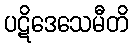
ပဋိဒေသေမီတိ